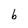
Character: b